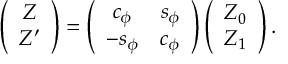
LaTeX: \left( \begin{array} { c } { { Z } } \\ { { Z ^ { \prime } } } \end{array} \right) = \left( \begin{array} { c c } { { c _ { \phi } } } & { { s _ { \phi } } } \\ { { - s _ { \phi } } } & { { c _ { \phi } } } \end{array} \right) \left( \begin{array} { c } { { Z _ { 0 } } } \\ { { Z _ { 1 } } } \end{array} \right) .